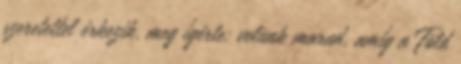
szeretettel érkezik, meg ígérte: velünk marad, amíg a Föld